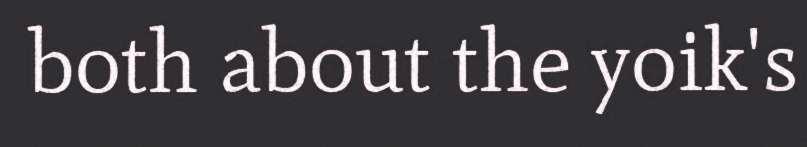
both about the yoik's